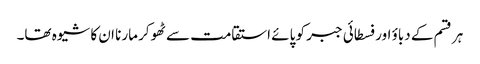
ہر قسم کے دباؤ اور فسطائی جبر کو پائے استقامت سے ٹھوکر مارنا ان کا شیوہ تھا۔